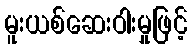
မူးယစ်ဆေးဝါးမှုဖြင့်